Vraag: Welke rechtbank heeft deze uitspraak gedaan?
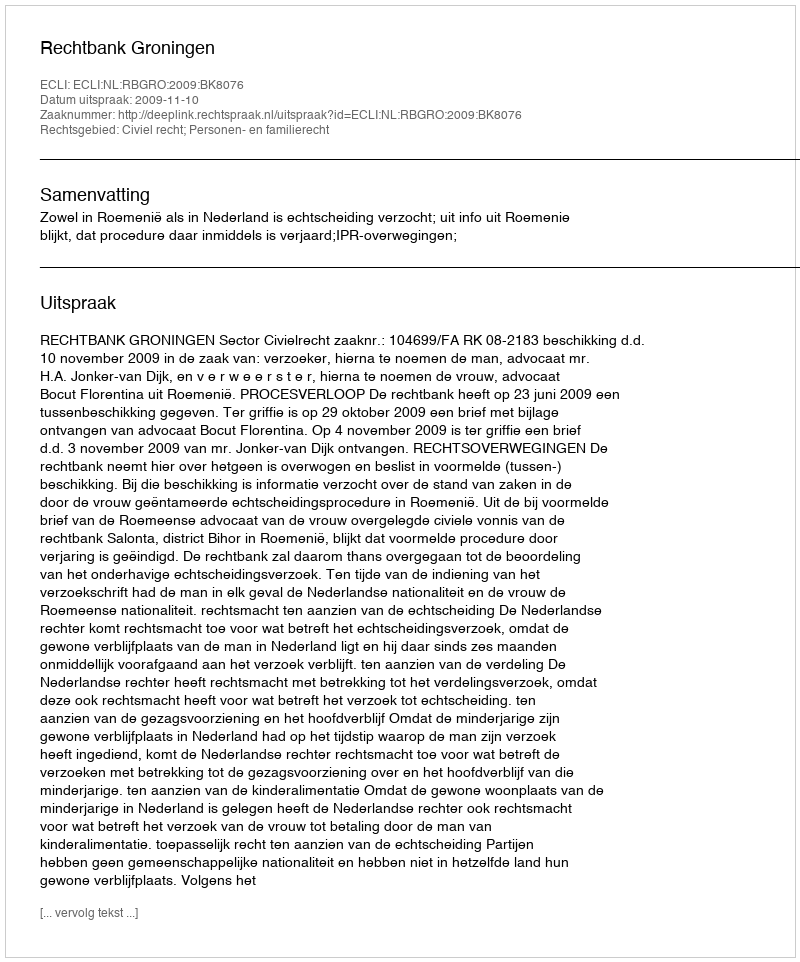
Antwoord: Rechtbank Groningen